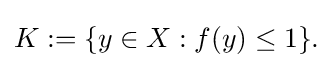
{\textstyle K:=\{y\in X:f(y)\leq 1\}.}